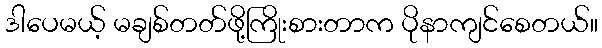
ဒါပေမယ့် မချစ်တတ်ဖို့ကြိုးစားတာက ပိုနာကျင်စေတယ်။